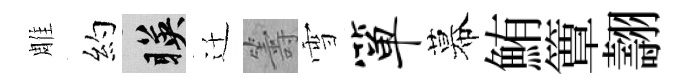
雕約暎迁籌雪箪幕鮪簟翿